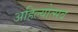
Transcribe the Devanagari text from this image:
अहिल्योत्सव